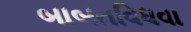
બાબતવિધવા